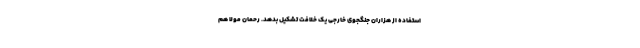
استفاده از هزاران جنگجوی خارجی یک خلافت تشکیل بدهد. رحمان مولا هم